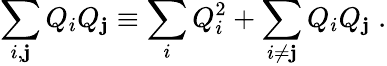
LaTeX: \sum_{i,\mathbf{j}}Q_{i}Q_{\mathbf{j}}\equiv\sum_{i}Q_{i}^{2}+\sum_{i\neq\mathbf{j}}Q_{i}Q_{\mathbf{j}}\; .